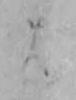
は